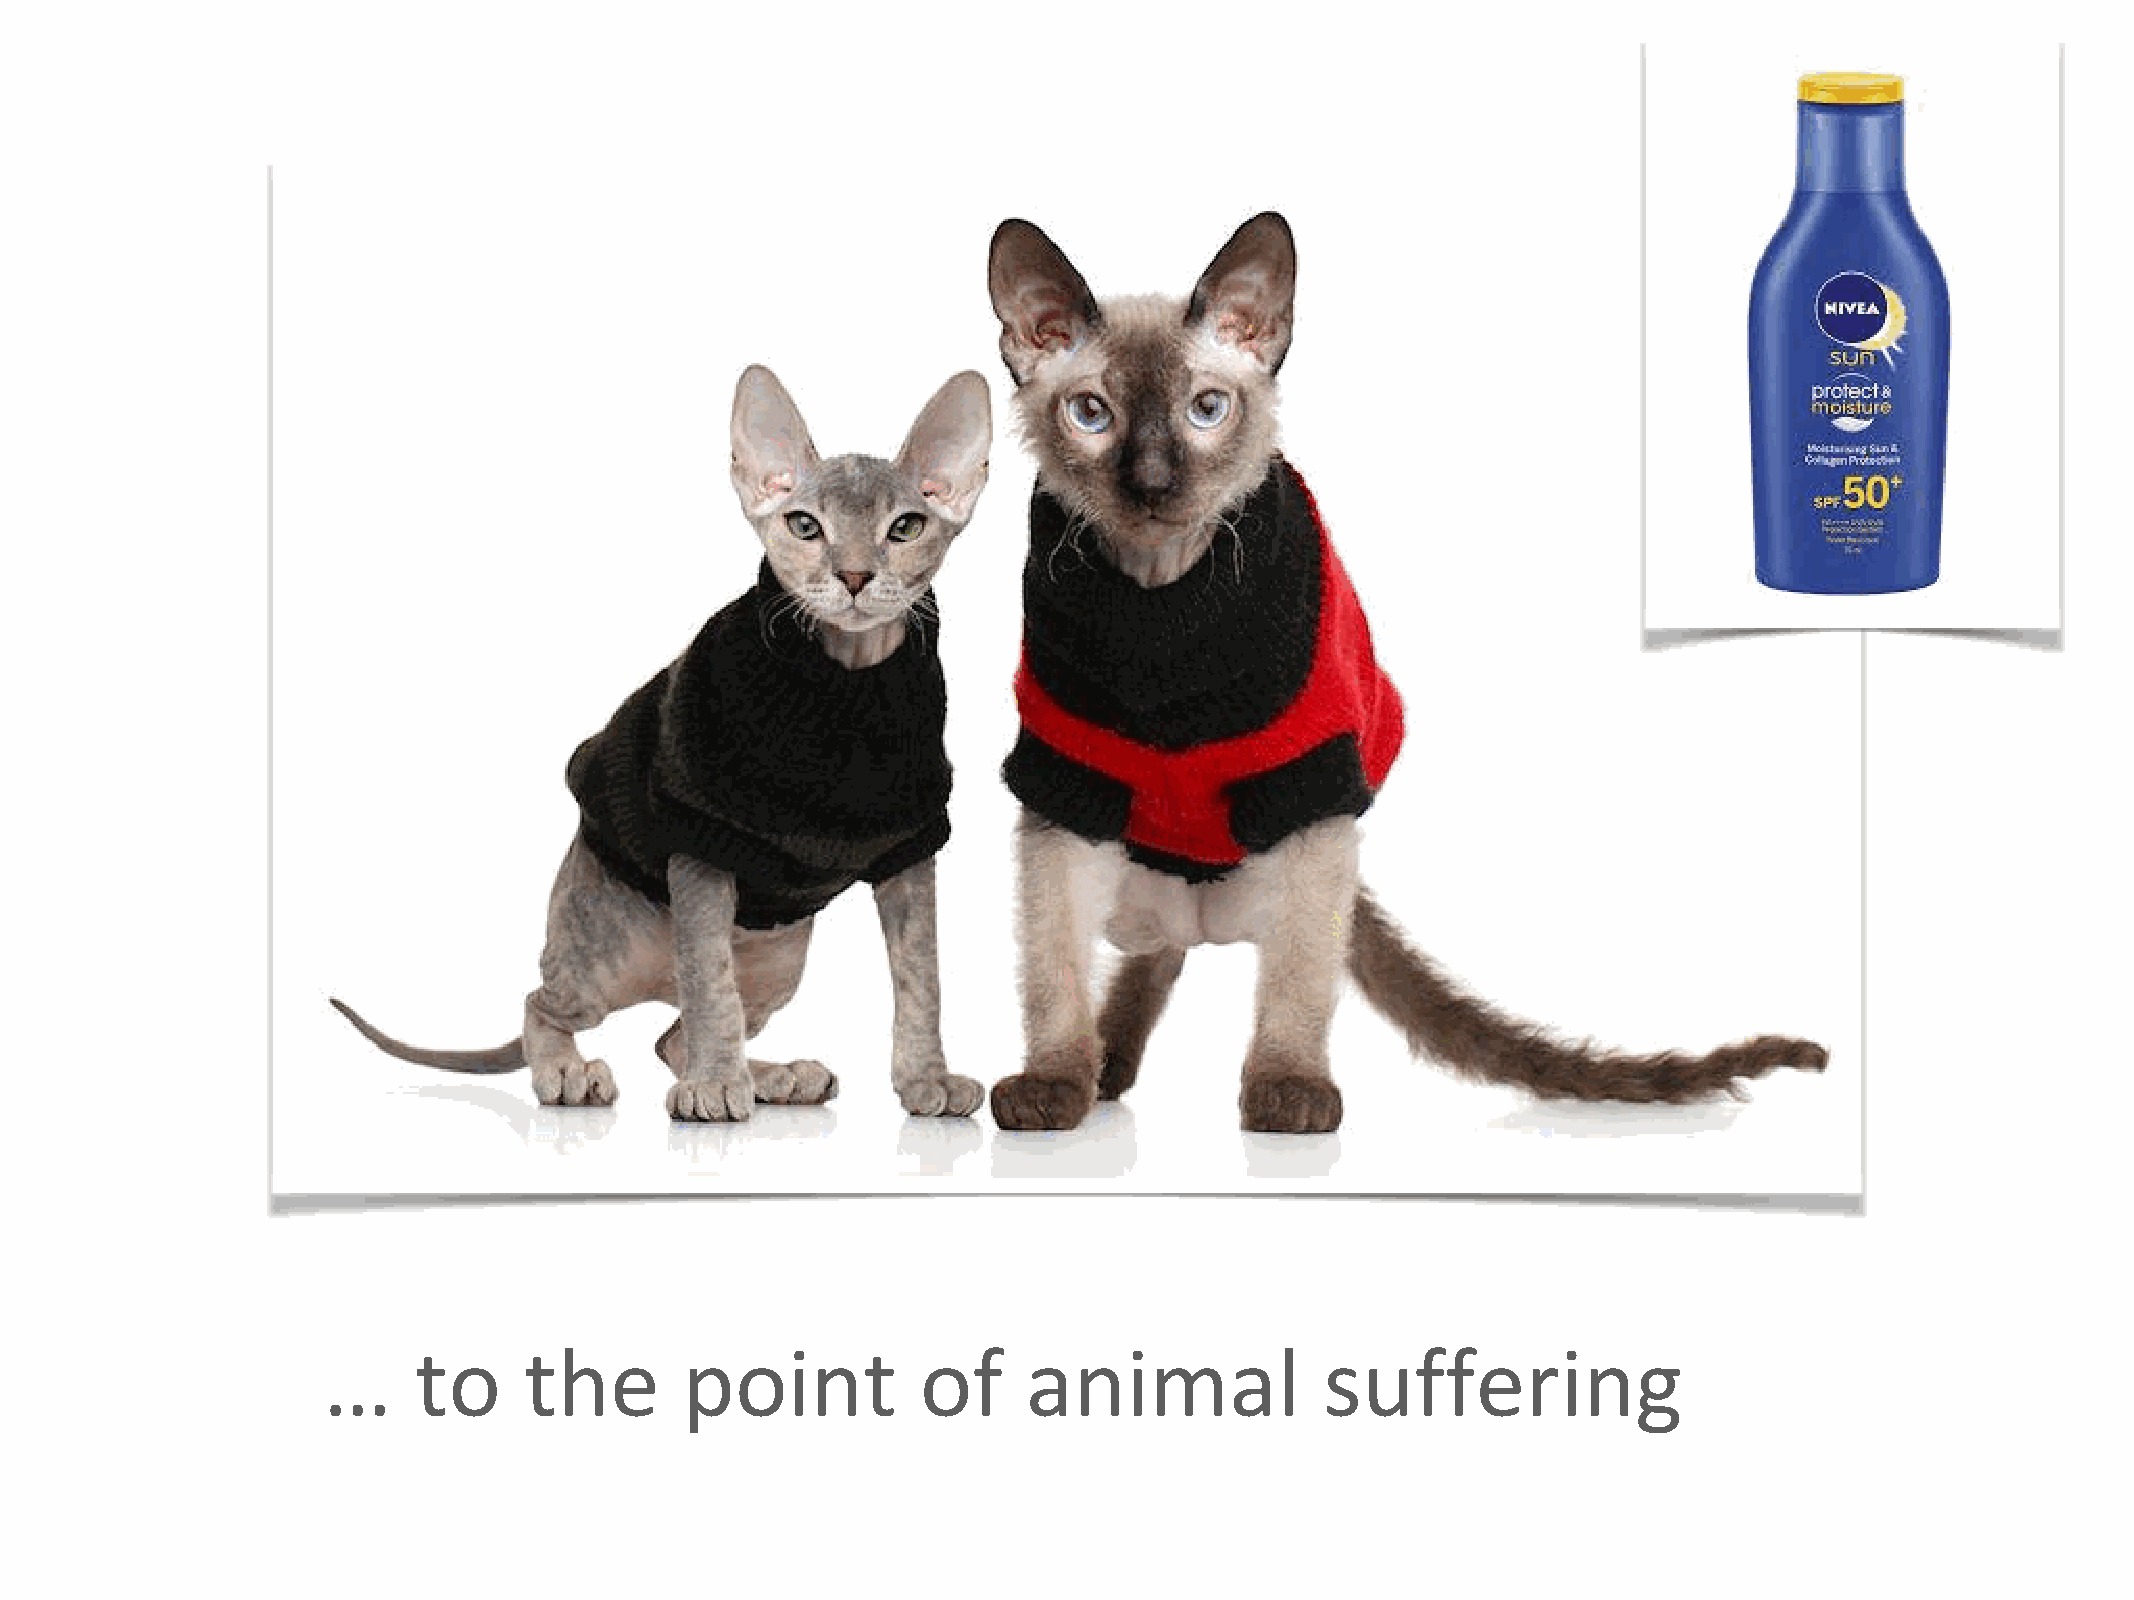
…     to      the       point           of     animal              suffering